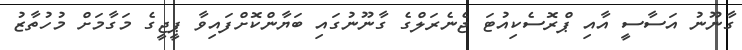
ގާނޫނު އަސާސީ އާއި ޕްރޮސެކިއުޓަ ޖެނެރަލްގެ ގާނޫނުގައި ބަޔާންކޮށްފައިވާ ޕީޖީގެ މަގާމަށް މުހުތާޒު